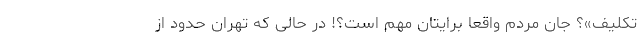
تکلیف»؟ جان مردم واقعاً برایتان مهم است؟! در حالی که تهران حدود از